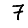
Digit: 7